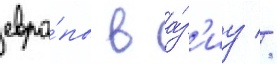
евро́пы в а́з'иу //